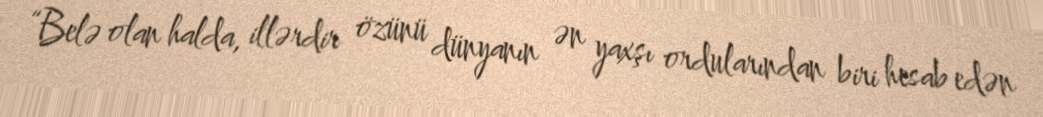
“Belə olan halda, illərdir özünü dünyanın ən yaxşı ordularından biri hesab edən